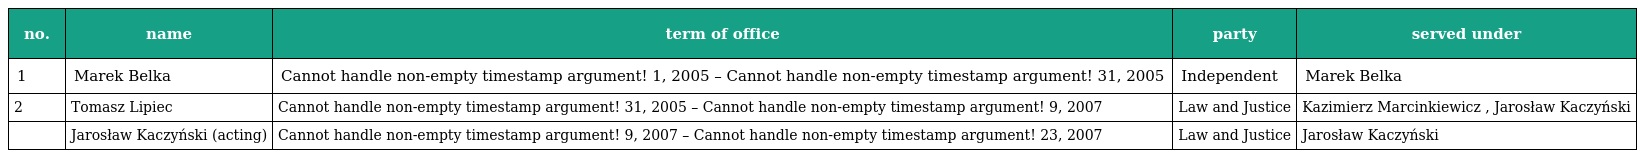
| no. | name | term of office | party | served under |
 | --- | --- | --- | --- | --- |
 | 1 | Marek Belka | Cannot handle non-empty timestamp argument! 1, 2005 – Cannot handle non-empty timestamp argument! 31, 2005 | Independent | Marek Belka |
 | 2 | Tomasz Lipiec | Cannot handle non-empty timestamp argument! 31, 2005 – Cannot handle non-empty timestamp argument! 9, 2007 | Law and Justice | Kazimierz Marcinkiewicz , Jarosław Kaczyński |
 |  | Jarosław Kaczyński (acting) | Cannot handle non-empty timestamp argument! 9, 2007 – Cannot handle non-empty timestamp argument! 23, 2007 | Law and Justice | Jarosław Kaczyński |